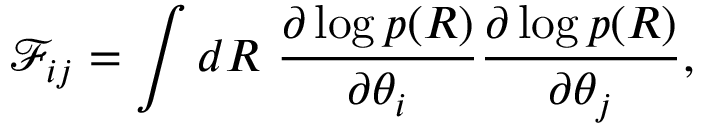
\mathcal F _ { i j } = \int d R \ \frac { \partial \log p ( R ) } { \partial \theta _ { i } } \frac { \partial \log p ( R ) } { \partial \theta _ { j } } ,